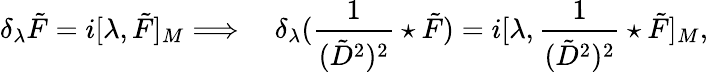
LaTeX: \delta_{\lambda}\tilde{F}=i[\lambda,\tilde{F}]_{M}\Longrightarrow\quad\delta_{\lambda}(\frac 1{(\tilde{D}^{2})^{2}}\star\tilde{F})=i[\lambda,\frac 1{(\tilde{D}^{2})^{2}}\star\tilde{F}]_{M},